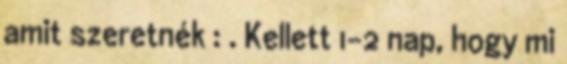
amit szeretnék : . Kellett 1-2 nap, hogy mi